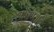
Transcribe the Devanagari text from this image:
शोधण्याने